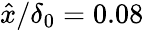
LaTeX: \hat{x}/\delta_{0}=0.08